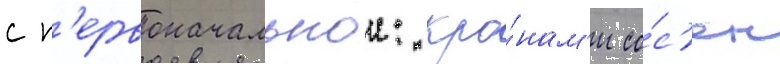
с п'ервоначальнои: кро́нам'и со́с'ен